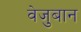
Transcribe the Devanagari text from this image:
वेजुबान